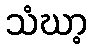
သံဃာ့